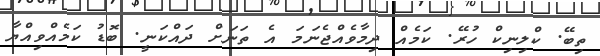
ތިބޭ. ކްލިނިކް ހުރޭ. ކަމެއް ދިމާވެއްޖެނަމަ އެ ތަނަށް ދައްކަނީ. ބޮޑު ކަމެއްވިއްޔާ